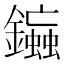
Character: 䥰